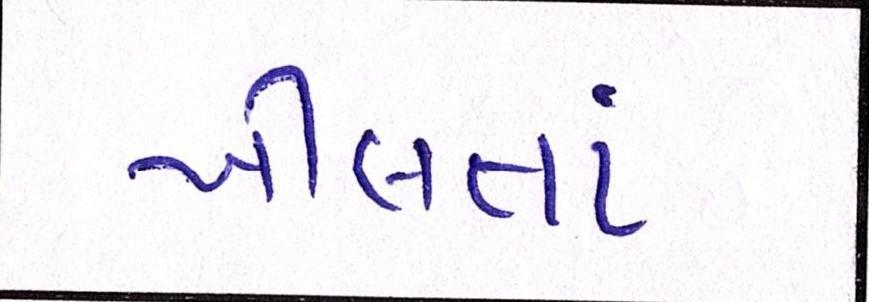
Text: ખીલતાં